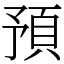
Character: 預